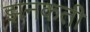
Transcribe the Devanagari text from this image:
झनकती